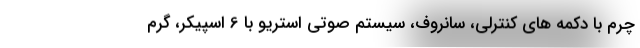
چرم با دکمه های کنترلی، سانروف، سیستم صوتی استریو با 6 اسپیکر، گرم